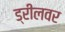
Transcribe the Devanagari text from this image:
ड्रीलवर